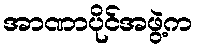
အာဏာပိုင်အဖွဲ့က